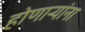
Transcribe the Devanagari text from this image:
होणाऱ्यांना